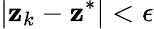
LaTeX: |\mathbf{z}_{k}-\mathbf{z}^{*}|<\epsilon